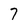
Character: 7